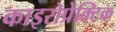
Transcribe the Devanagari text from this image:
काइरोप्रेक्टिक